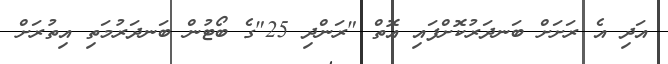
އަދި އެ ރަށަށް ބަނދަރުކޮށްފައި އޮތް "ރަންދި 25"ގެ ބޯޓުން ބަނދަރުމަތި އިތުރަށް